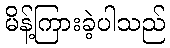
မိန့်ကြားခဲ့ပါသည်